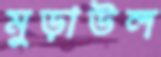
মুড়াউল